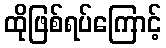
ထိုဖြစ်ရပ်ကြောင့်